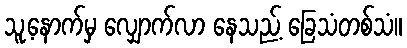
သူ့နောက်မှ လျှောက်လာ နေသည့် ခြေသံတစ်သံ။